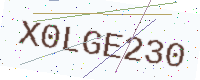
Text: X0LGE230